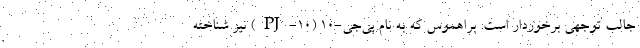
جالب توجهی برخوردار است. براهموس که به نام پی‌جی-10 (PJ-10) نیز شناخته